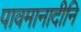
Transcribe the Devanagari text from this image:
पावमानादीनि